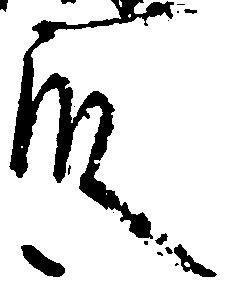
殿